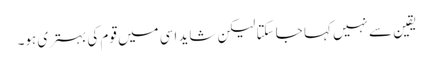
یقین سے نہیں کہا جا سکتا لیکن شاید اسی میں قوم کی بہتری ہو۔